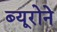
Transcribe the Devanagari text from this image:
ब्यूरोने